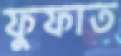
ফুফাত